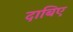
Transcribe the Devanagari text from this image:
दाबिए